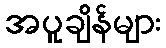
အပူချိန်များ